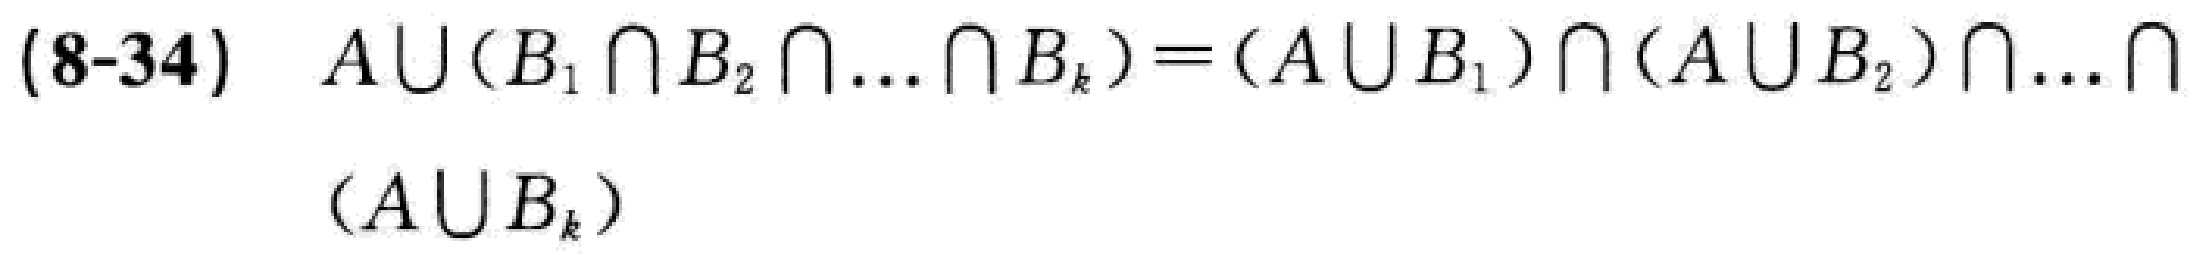
(8-34) \(A\cup(B_1\cap B_2\cap\ldots\cap B_k)=(A\cup B_1)\cap(A\cup B_2)\cap\ldots\cap(A\cup B_k)\)